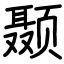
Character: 颞